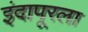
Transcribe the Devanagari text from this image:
इंदापूरला